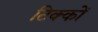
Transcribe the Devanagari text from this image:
टिक्कों